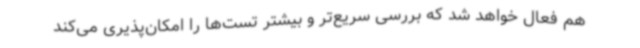
هم فعال خواهد شد که بررسی سریع‌تر و بیشتر تست‌ها را امکان‌پذیری می‌کند